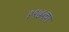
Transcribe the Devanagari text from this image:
१९७५चा